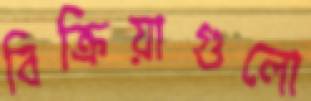
বিক্রিয়াগুলো